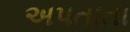
અપતાતા